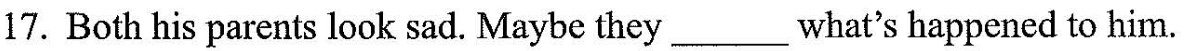
17. Both his parents look sad. Maybe they__what's happened to him.